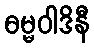
ဓမ္မဝါဒိနီ